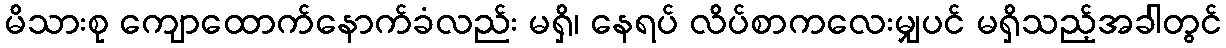
မိသားစု ကျောထောက်နောက်ခံလည်း မရှိ၊ နေရပ် လိပ်စာကလေးမျှပင် မရှိသည့်အခါတွင်